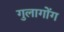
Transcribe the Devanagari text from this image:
गुलागोंग